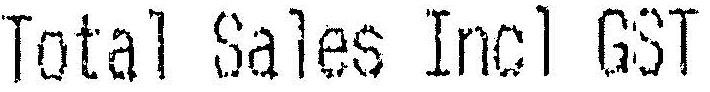
TOTAL SALES INCL GST